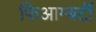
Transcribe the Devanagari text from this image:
फिआम्बर्टी